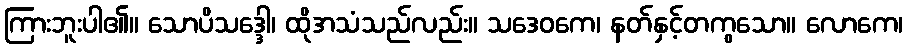
ကြားဘူးပါ၏။ သောပိသဒ္ဒေါ၊ ထိုအသံသည်လည်း။ သဒေဝကေ၊ နတ်နှင့်တကွသော။ လောကေ၊